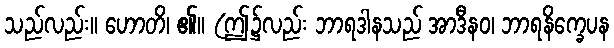
သည်လည်း။ ဟောတိ၊ ၏။ (ဤ၌လည်း ဘာရဒါနသည် အာဒီနဝ၊ ဘာရနိက္ခေပန